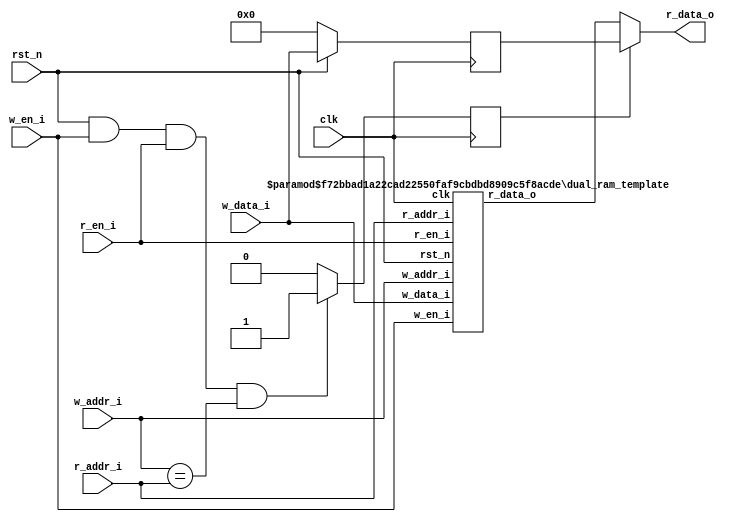
module dual_ram #( 
	parameter DW = 32,
	parameter AW = 12,
	parameter MEM_NUM = 4096
)
(
	input wire 			clk			,
	input wire 			rst_n			,
	input wire 			w_en_i		,
	input wire[AW-1:0]	w_addr_i	,
	input wire[DW-1:0]  w_data_i	,
	input wire 			r_en_i		,
	input wire[AW-1:0]	r_addr_i	,
	output wire[DW-1:0]  r_data_o	
);	
	
	
	wire[DW-1:0] r_data_wire	;	
	reg 		 rd_equ_wr_flag	;
	reg[DW-1:0]	 w_data_reg		;
	
	assign r_data_o = (rd_equ_wr_flag) ? w_data_reg : r_data_wire;
	
	always @(posedge clk)begin
		if(!rst_n)
			w_data_reg <= 1'b0;
		else
			w_data_reg <= w_data_i;
	end
	
	//
	always @(posedge clk)begin
		if(rst_n && w_en_i && r_en_i && (w_addr_i == r_addr_i) )
			rd_equ_wr_flag <= 1'b1;
		else 
			rd_equ_wr_flag <= 1'b0;
	end

	dual_ram_template #(
		.DW (DW),
		.AW (AW),
		.MEM_NUM (MEM_NUM)
    )dual_ram_template_inst
	(
		.clk			(clk		),
		.rst_n			(rst_n		),
		.w_en_i			(w_en_i		),
		.w_addr_i		(w_addr_i	),
		.w_data_i		(w_data_i	),
		.r_en_i			(r_en_i		),
		.r_addr_i		(r_addr_i	),
		.r_data_o       (r_data_wire)
	);

endmodule




module dual_ram_template #(
    parameter   DW      = 32,   
    parameter   AW      = 12,
    parameter   MEM_NUM = 4096
)(
    input wire          clk         ,
    input wire          rst_n       ,
    input wire          w_en_i      ,
    input wire [AW-1:0] w_addr_i    ,
    input wire [DW-1:0] w_data_i    ,
    input wire          r_en_i      ,
    input wire [AW-1:0] r_addr_i    ,
    output reg [DW-1:0] r_data_o
);
    reg [DW-1:0] memory [0:MEM_NUM-1];

    always @(posedge clk ) begin
        if (rst_n&&r_en_i) begin
            r_data_o <= memory[r_addr_i];
        end
    end

    always @(posedge clk ) begin
        if (rst_n&&w_en_i) begin
            memory[w_addr_i] <= w_data_i;
        end
    end


endmodule